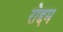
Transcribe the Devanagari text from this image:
रोद्दम